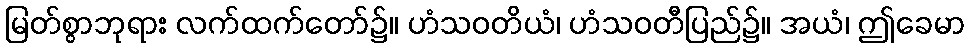
မြတ်စွာဘုရား လက်ထက်တော်၌။ ဟံသဝတိယံ၊ ဟံသဝတီပြည်၌။ အယံ၊ ဤခေမာ